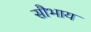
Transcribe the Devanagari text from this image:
सौभाय